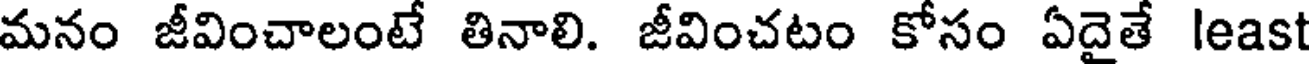
మనం జీవించాలంటే తినాలి. జీవించటం కోసం ఏదైతే least